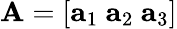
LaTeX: \mathbf{A}=[\mathbf{a}_{1}\ \mathbf{a}_{2}\ \mathbf{a}_{3}]